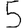
Digit: 5